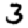
Digit: 3